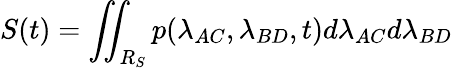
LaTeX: S(t)=\iint_{R_{S}}p(\lambda_{AC},\lambda_{BD},t)d\lambda_{AC}d\lambda_{BD}